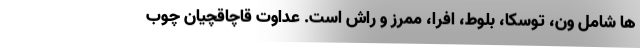
ها شامل ون، توسکا، بلوط، افرا، ممرز و راش است. عداوت قاچاقچیان چوب